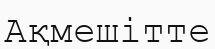
Ақмешітте